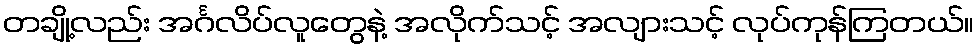
တချို့လည်း အင်္ဂလိပ်လူတွေနဲ့ အလိုက်သင့် အလျားသင့် လုပ်ကုန်ကြတယ်။